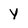
Character: y